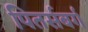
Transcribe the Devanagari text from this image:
पितर्सबर्ग